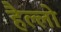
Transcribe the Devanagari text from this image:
हैल्लो